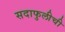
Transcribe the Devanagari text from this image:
सदाफुलीची